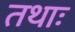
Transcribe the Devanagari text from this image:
तथाः